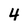
Character: 4